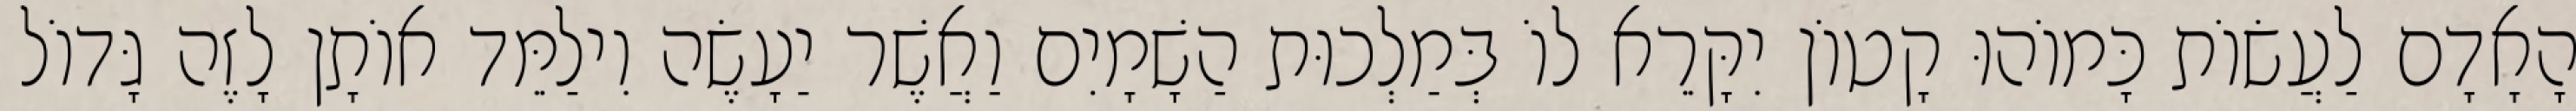
הָאָדָם לַעֲשׂוֹת כָּמוֹהוּ קָטוֹן יִקָּרֵא לוֹ בְּמַלְכוּת הַשָׁמָיִם וַאֲשֶׁר יַעָשֶׂה וִילַמֵּד אוֹתָן לָזֶה גָּדוֹל